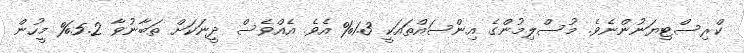
ކްރިސްޓިޔަނުންނެވެ. މުސްލިމުންގެ އިންސައްތައަކީ 1.3% އެވެ. އެއްވެސް ދީނަކަށް ތަބާނުވާ 5.2% މީހުން